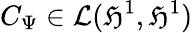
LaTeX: C_{\Psi}\in\mathcal{L}(\mathfrak{H}^{1},\mathfrak{H}^{1})